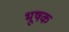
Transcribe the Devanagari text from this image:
भूषक